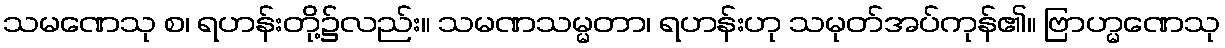
သမဏေသု စ၊ ရဟန်းတို့၌လည်း။ သမဏသမ္မတာ၊ ရဟန်းဟု သမုတ်အပ်ကုန်၏။ ဗြာဟ္မဏေသု